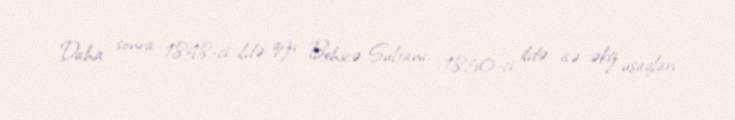
Daha sonra 1848-ci ildə qızı Behicə Sultanı, 1850-ci ildə isə əkiz uşaqları